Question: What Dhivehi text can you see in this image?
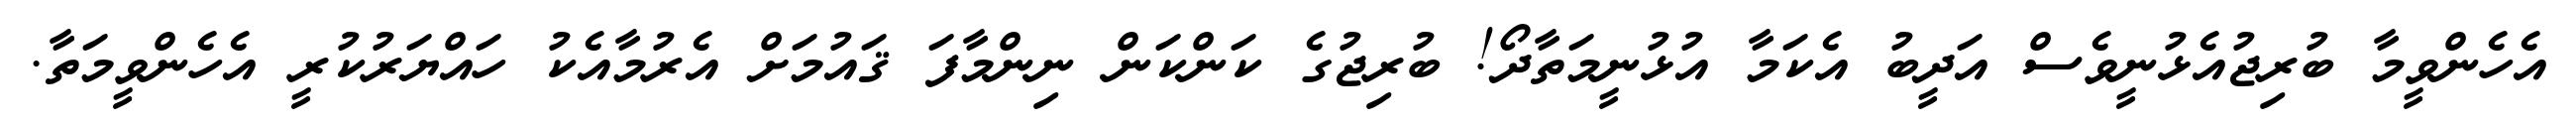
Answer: އެހެންވީމާ ބުރިޖުއެޅުނީވެސް އަދީބު އެކަމާ އުޅުނީމަތާދޯ! ބުރިޖުގެ ކަންކަން ނިންމާފަ ޤައުމަށް އެރުމާއެކު ހައްޔަރުކުރީ އެހެންވީމަތާ.